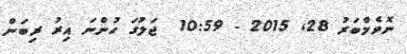
ނޮވެމްބަރު 28